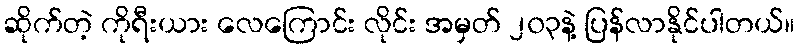
ဆိုက်တဲ့ ကိုရီးယား လေကြောင်း လိုင်း အမှတ် ၂၀၃နဲ့ ပြန်လာနိုင်ပါတယ်။